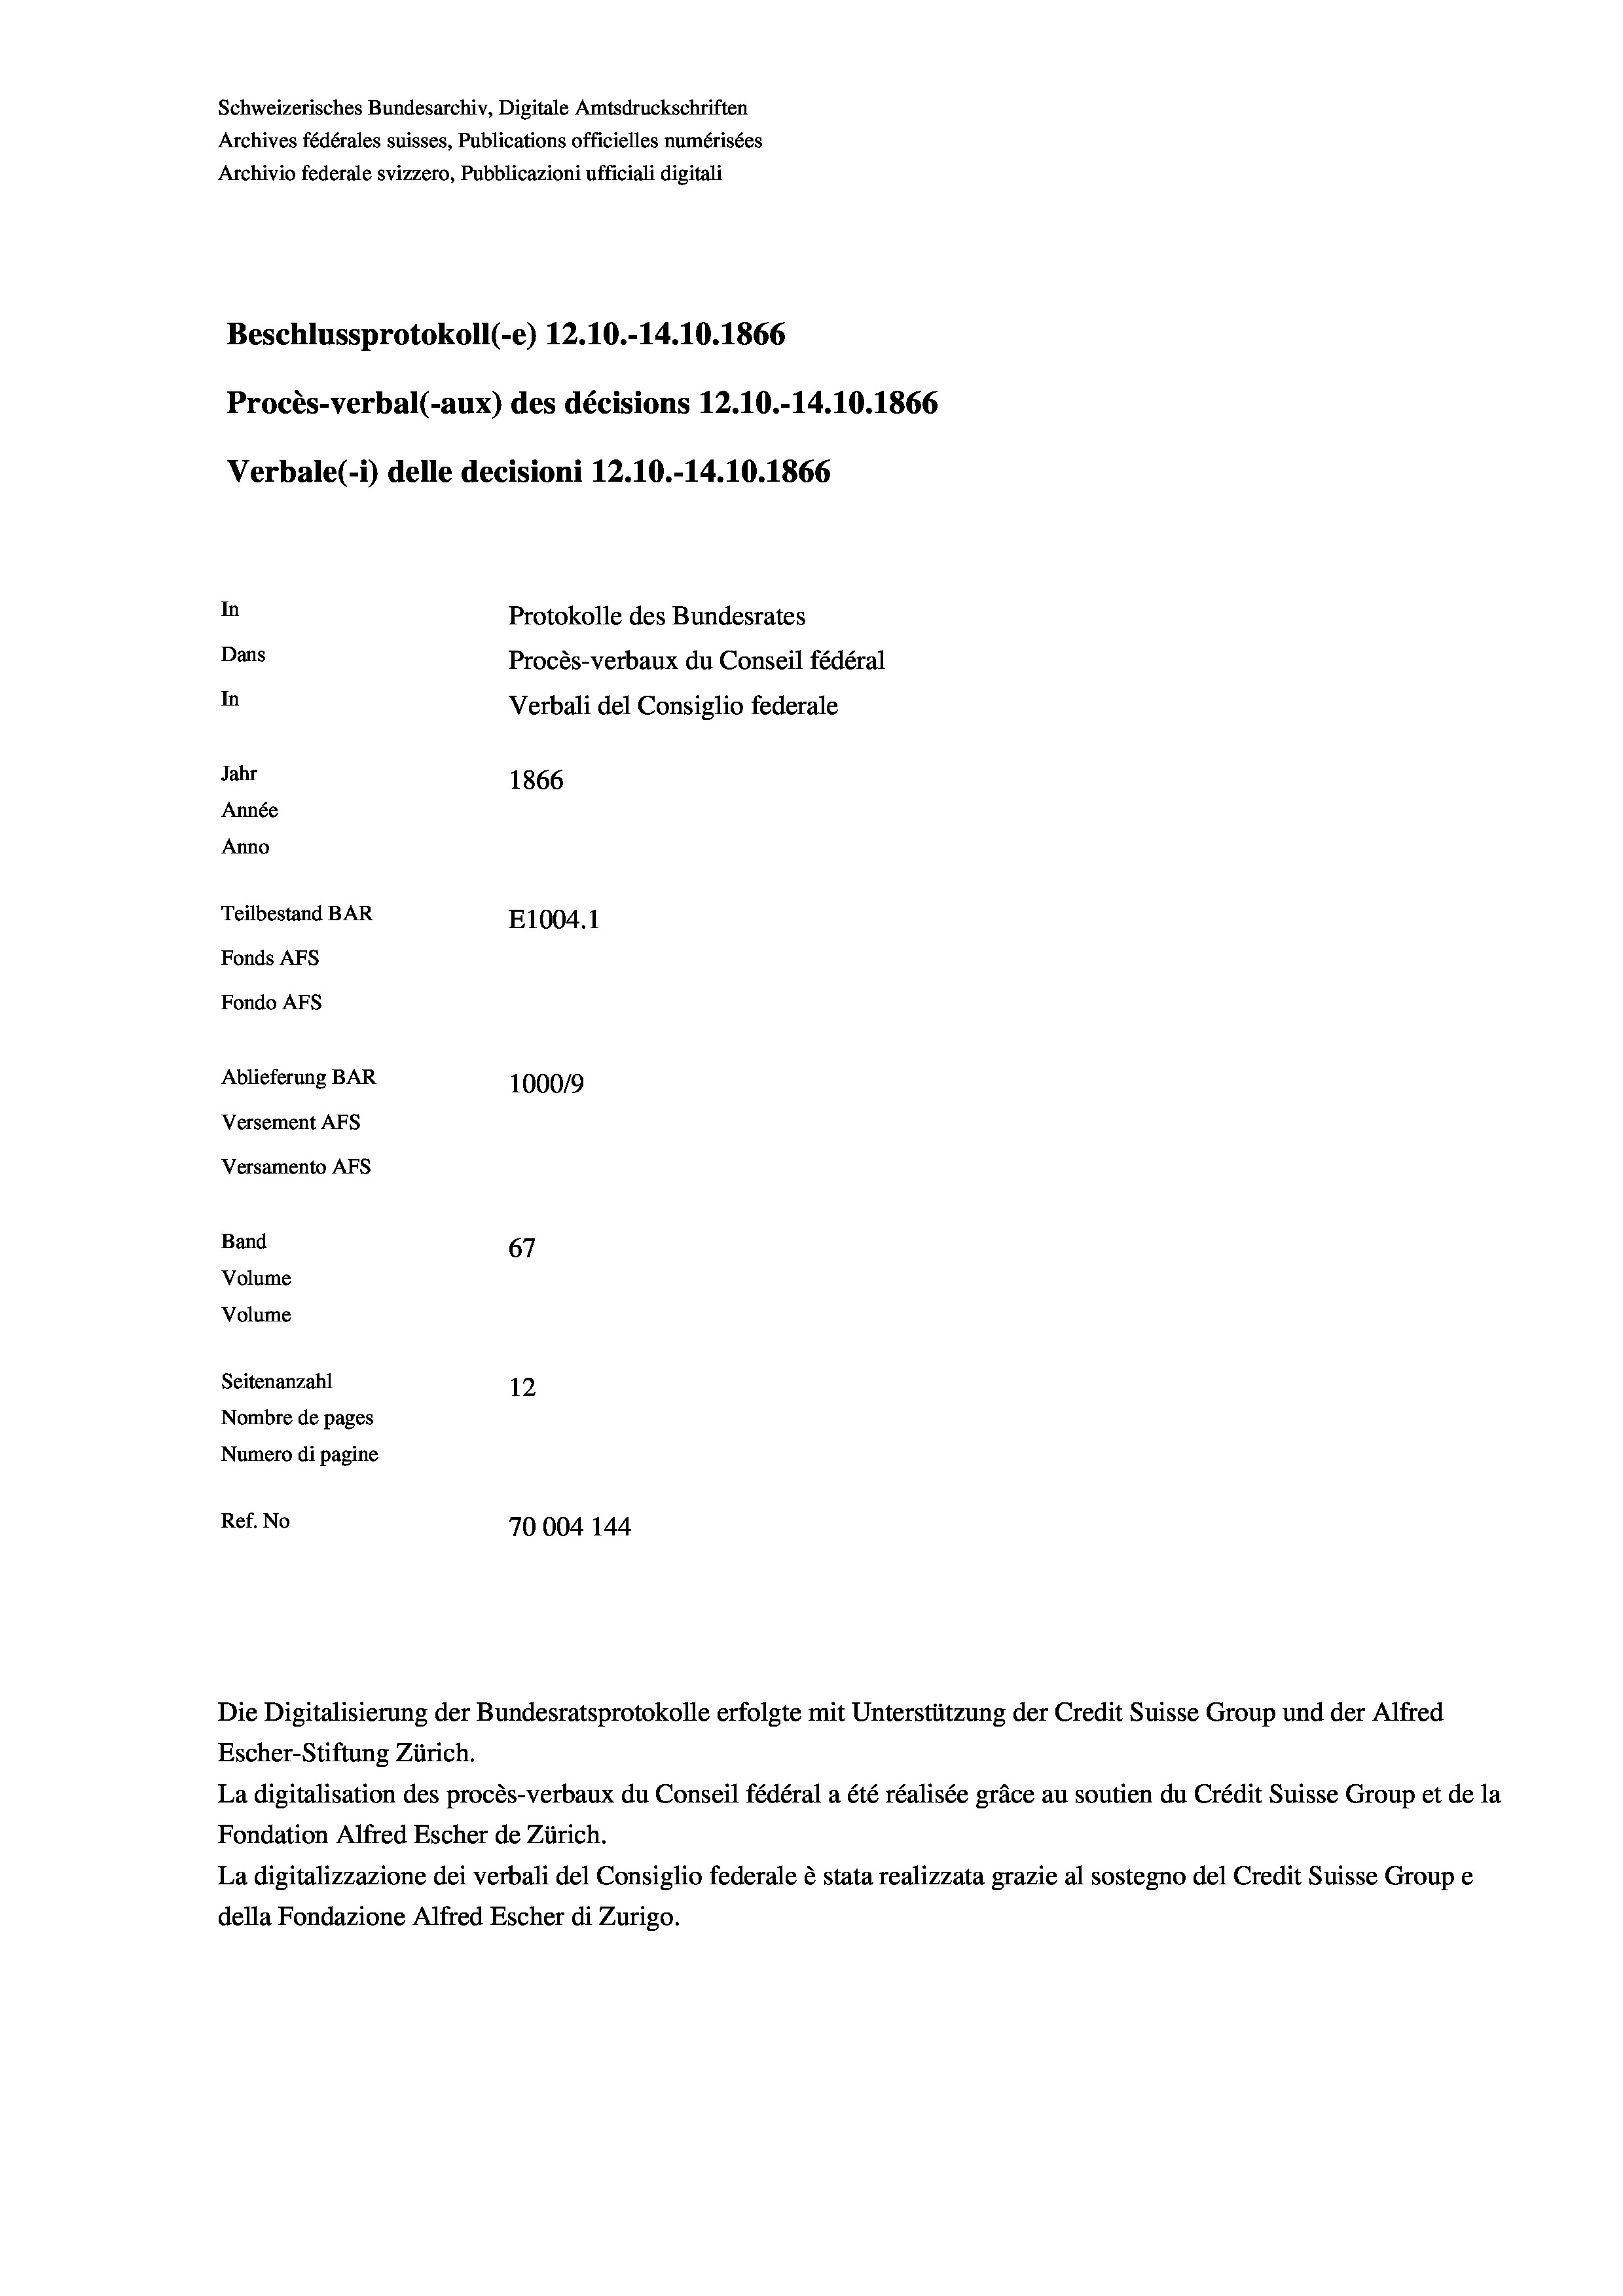
Schweizerisches Bundesarchiv, Digitale Amtsdruckschriften
Archives fédérales suisses, Publications officielles numérisées
Archivio federale svizzero, Pubblicazioni ufficiali digitali
Beschlussprotokoll (-e) 12.10.-14.10.1866
Procès-verbal (-aux) des décisions 12.10.-14.10.1866
Verbale (-*) delle decisioni 12.10.-14.10.1866
In
Protokolle des Bundesrates
Dans
Procès-verbaux du Conseil fédéral
In
Verbali del Consiglio federale
Jahr
1866
Année
Anno
Teilbestand BAR
E1004. 1
Fonds AFs
Fondo Afs

Ablieferung BAR
Versement AFs
Versamento AFS
Band
Volume
Volume
Seitenanzahl

67
12
Nombre de pages
Numero di pagine
Ref. No
70004 144

100019

Escher-Stiftung Zürich.

La digitalisation des procès-verbaux du Conseil fédéral a été réalisée gräce au soutien du Crédit Suisse Group et de la
Fondation Alfred Escher de Zürich.
La digitalizzazione dei verbali del Consiglio federale è stata realizzata grazie al sostegno del Credit Suisse Groupe
della Fondazione Alfred Escher di Zurigo.

Die Digitalisierung der Bundesratsprotokolle erfolgte mit Unterstützung der Credit Suisse Group und der Alfred